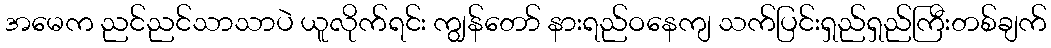
အမေက ညင်ညင်သာသာပဲ ယူလိုက်ရင်း ကျွန်တော် နားရည်ဝနေကျ သက်ပြင်းရှည်ရှည်ကြီးတစ်ချက်